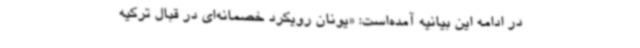
در ادامه این بیانیه آمده‌است: «یونان رویکرد خصمانه‌ای در قبال ترکیه